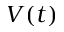
V ( t )